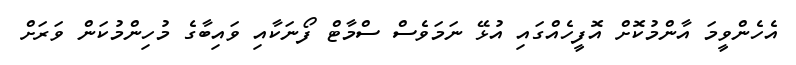
އެހެންވީމަ އާންމުކޮށް އޮފީހެއްގައި އުޅޭ ނަމަވެސް ސްމާޓް ފޯނަކާއި ވައިބާގެ މުހިންމުކަން ވަރަށް